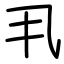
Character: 丮